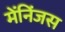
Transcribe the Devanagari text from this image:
मेंनिंजस